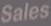
Sales